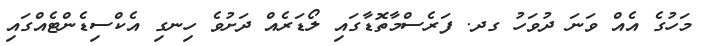
މަހުގެ އެއް ވަނަ ދުވަހު ގދ. ފަރެސްމާތޮޑާގައި ލޯޑަރެއް ދަށުވެ ހިނގި އެކްސިޑެންޓެއްގައި